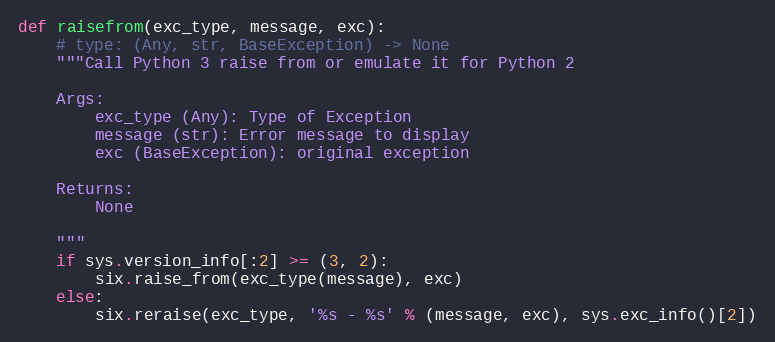
Language: Python
def raisefrom(exc_type, message, exc):
    # type: (Any, str, BaseException) -> None
    """Call Python 3 raise from or emulate it for Python 2

    Args:
        exc_type (Any): Type of Exception
        message (str): Error message to display
        exc (BaseException): original exception

    Returns:
        None

    """
    if sys.version_info[:2] >= (3, 2):
        six.raise_from(exc_type(message), exc)
    else:
        six.reraise(exc_type, '%s - %s' % (message, exc), sys.exc_info()[2])